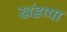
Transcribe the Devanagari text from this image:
खंडप्पा